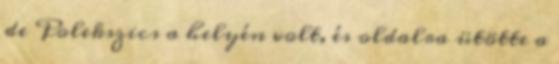
de Polekszics a helyén volt, és oldalra ütötte a